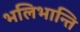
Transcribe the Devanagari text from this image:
भलिभान्ति